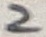
Text: 2